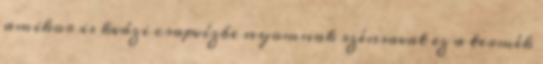
amikor is kvázi csapvízbe nyomnak szénsavat ez a termék